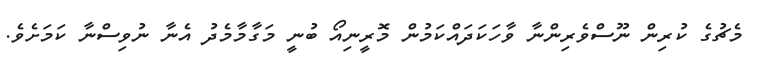
މެޗުގެ ކުރިން ނޫސްވެރިންނާ ވާހަކަދައްކަމުން މޮރީނިއޯ ބުނީ މަގާމާމެދު އެނާ ނުވިސްނާ ކަމަށެވެ.